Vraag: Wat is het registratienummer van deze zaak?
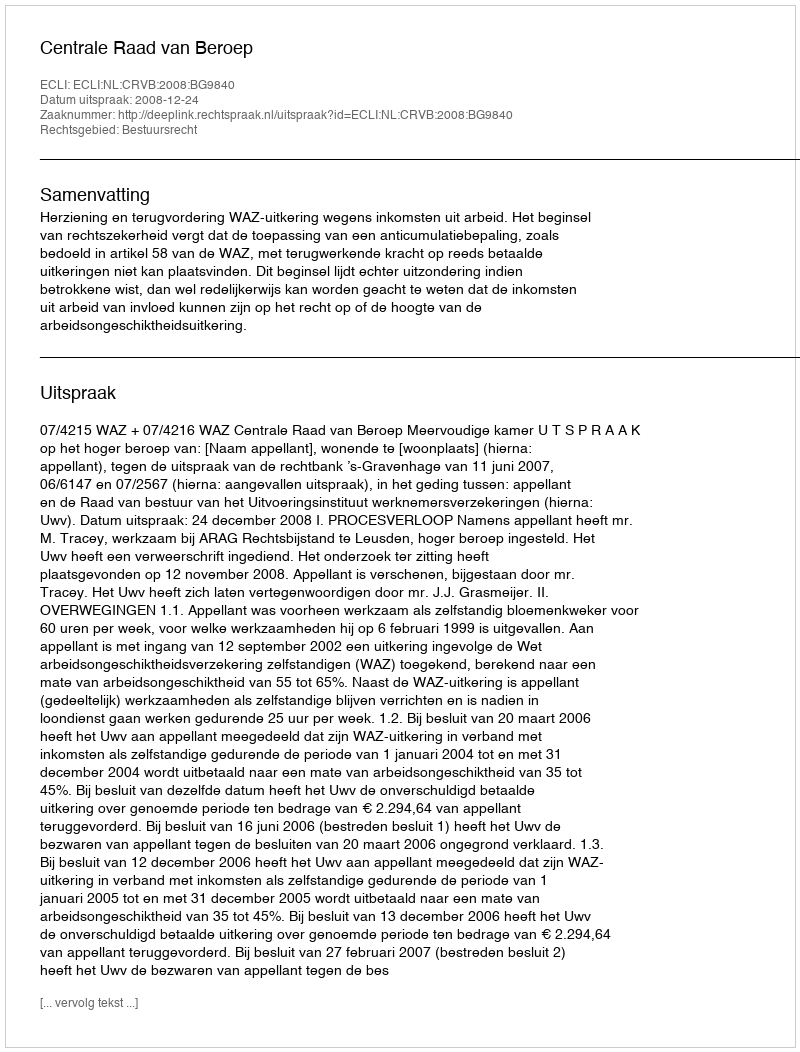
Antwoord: http://deeplink.rechtspraak.nl/uitspraak?id=ECLI:NL:CRVB:2008:BG9840